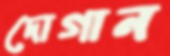
দোগান